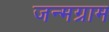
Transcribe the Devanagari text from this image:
जन्मग्राम